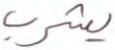
يشرب